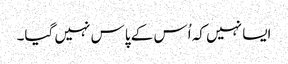
ایسا نہیں کہ اُس کے پاس نہیں گیا۔